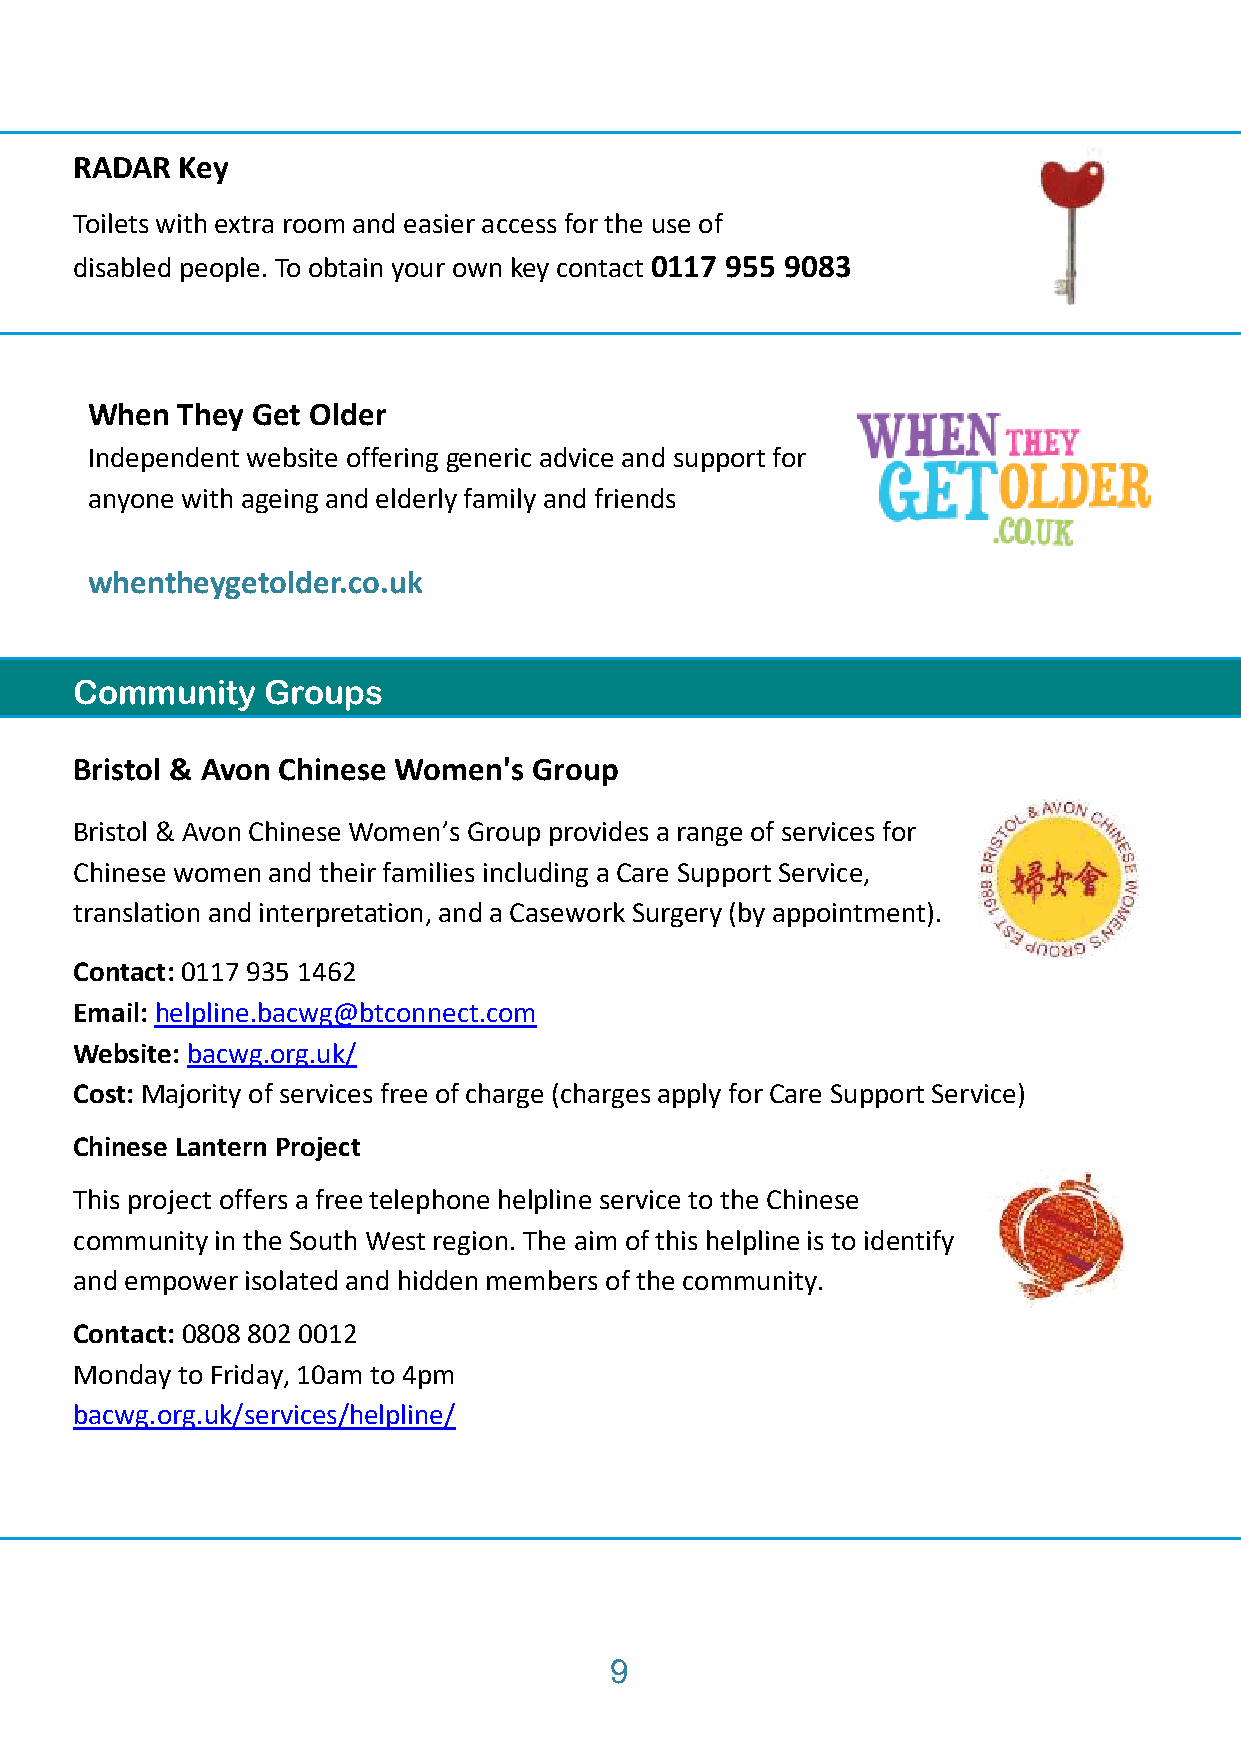
RADAR  Key
 Toilets with extra room and easier access for the use of
 disabled people. To obtain your own key contact 0117 955 9083
 When  They Get Older
 Independent website offering generic advice and support for
 anyone with ageing and elderly family and friends
 whentheygetolder.co.uk
 Community   Groups
 Bristol & Avon Chinese Women's Group
 Bristol & Avon Chinese Women’s Group provides a range of services for
 Chinese women and their families including a Care Support Service,
 translation and interpretation, and a Casework Surgery (by appointment).
 Contact: 0117 935 1462
 Email: helpline.bacwg@btconnect.com
 Website: bacwg.org.uk/
 Cost: Majority of services free of charge (charges apply for Care Support Service)
 Chinese Lantern Project
 This project offers a free telephone helpline service to the Chinese
 community in the South West region. The aim of this helpline is to identify
 and empower isolated and hidden members of the community.
 Contact: 0808 802 0012
 Monday to Friday, 10am to 4pm
 bacwg.org.uk/services/helpline/
 9